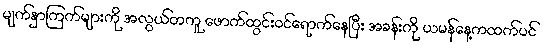
မျက်နှာကြက်များကို အလွယ်တကူ ဖောက်ထွင်းဝင်ရောက်နေပြီး အခန်းကို ယမန်နေ့ကထက်ပင်